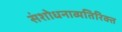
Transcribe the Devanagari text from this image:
संशोधनाव्यतिरिक्त